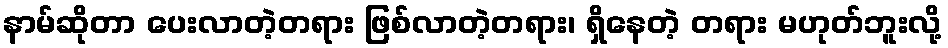
နာမ်ဆိုတာ ပေးလာတဲ့တရား ဖြစ်လာတဲ့တရား၊ ရှိနေတဲ့ တရား မဟုတ်ဘူးလို့